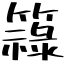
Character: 簶